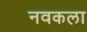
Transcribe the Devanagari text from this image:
नवकला